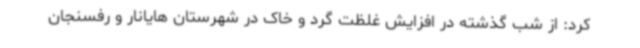
کرد: از شب گذشته در افزایش غلظت گرد و خاک در شهرستان هایانار و رفسنجان